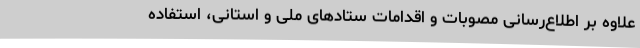
علاوه بر اطلاع‌رسانی مصوبات و اقدامات ستادهای ملی و استانی، استفاده